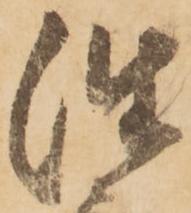
往